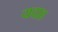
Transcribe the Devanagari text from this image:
यदाह